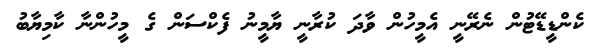
ކެންޑީޑޭޓުން ނެރޭނީ އެމީހުން ވާދަ ކުރާނީ ޔާމީނު ފެކްސަން ގެ މީހުންނާ ކާމިޔާބު